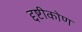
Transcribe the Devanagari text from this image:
द्दष्टीकोण